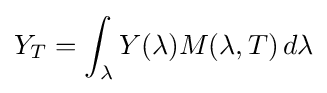
Y_{T}=\int _{\lambda }Y(\lambda )M(\lambda ,T)\,d\lambda